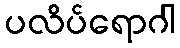
ပလိပ်ရောဂါ